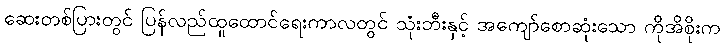
ဆေးတစ်ပြားတွင် ပြန်လည်ထူထောင်ရေးကာလတွင် သုံးဘီးနှင့် အကျော်စောဆုံးသော ကိုအိစိုးက